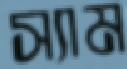
স্যাম